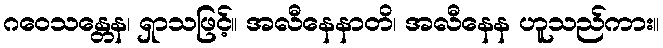
ဂဝေသန္တေန၊ ရှာသဖြင့်။ အလီနေနာတိ၊ အလီနေန ဟူသည်ကား။